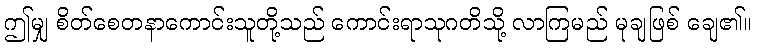
ဤမျှ စိတ်စေတနာကောင်းသူတို့သည် ကောင်းရာသုဂတိသို့ လာကြမည် မုချဖြစ် ချေ၏။